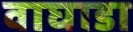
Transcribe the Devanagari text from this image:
वाघाडा